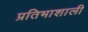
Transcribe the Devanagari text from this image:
प्रतिभाशाली